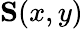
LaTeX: \mathbf{S}(x,y)